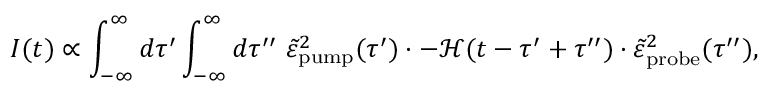
I ( t ) \propto \int _ { - \infty } ^ { \infty } d \tau ^ { \prime } \int _ { - \infty } ^ { \infty } d \tau ^ { \prime \prime } ~ \tilde { \varepsilon } _ { \mathrm { p u m p } } ^ { 2 } ( \tau ^ { \prime } ) \cdot - \mathcal { H } ( t - \tau ^ { \prime } + \tau ^ { \prime \prime } ) \cdot \tilde { \varepsilon } _ { \mathrm { p r o b e } } ^ { 2 } ( \tau ^ { \prime \prime } ) ,